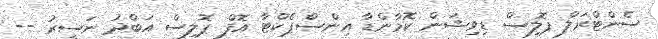
ސެންޓްރަލް ޕޮލިސް ޑިވިޝަން ކޮމާންޑާ އިންސްޕެކްޓާ އޮފް ޕޮލިސް އަބްދު ނަސީރު --